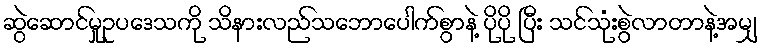
ဆွဲဆောင်မှုဥပဒေသကို သိနားလည်သဘောပေါက်စွာနဲ့ ပိုပို ပြီး သင်သုံးစွဲလာတာနဲ့အမျှ